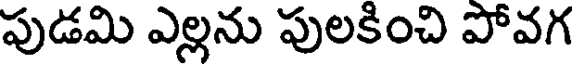
పుడమి ఎల్లను పులకించి పోవగ